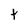
Character: t